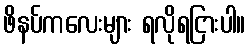
ဖိနပ်ကလေးများ ရလိုရငြားပါ။